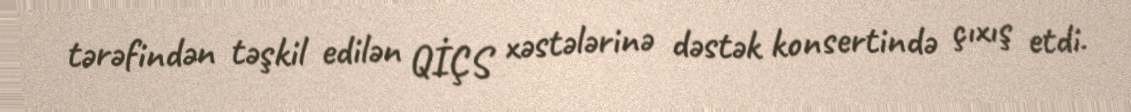
tərəfindən təşkil edilən QİÇS xəstələrinə dəstək konsertində çıxış etdi.